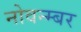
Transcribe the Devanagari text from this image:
नोवन्म्बर